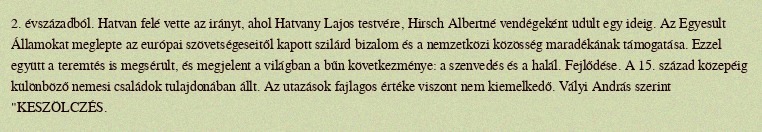
2. évszázadból. Hatvan felé vette az irányt, ahol Hatvany Lajos testvére, Hirsch Albertné vendégeként üdült egy ideig. Az Egyesült Államokat meglepte az európai szövetségeseitől kapott szilárd bizalom és a nemzetközi közösség maradékának támogatása. Ezzel együtt a teremtés is megsérült, és megjelent a világban a bűn következménye: a szenvedés és a halál. Fejlődése. A 15. század közepéig különböző nemesi családok tulajdonában állt. Az utazások fajlagos értéke viszont nem kiemelkedő. Vályi András szerint "KESZÖLCZÉS.